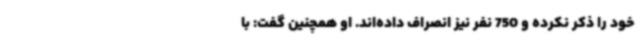
خود را ذکر نکرده‌ و 750 نفر نیز انصراف داده‌اند. او همچنین گفت: با